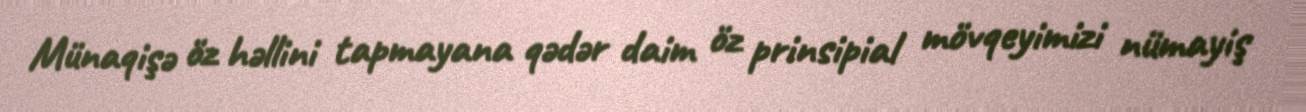
Münaqişə öz həllini tapmayana qədər daim öz prinsipial mövqeyimizi nümayiş